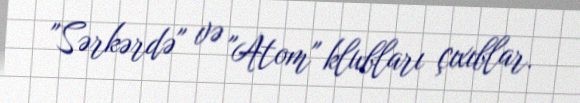
"Sərkərdə" və "Atom" klubları çıxıblar.